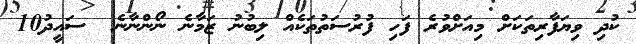
ކުދި ވިޔަފާރިތަކަށް މިއަށްވުރެ ފަހި ފުރުސަތުތަކެއް ލިބުނު ޒަމާނެ ނޯންނާނެ  ސައީދު10